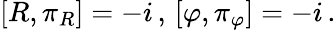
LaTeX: \left[R,\pi_{R}\right]=-i\, ,\, \left[\varphi,\pi_{\varphi}\right]=-i\, .